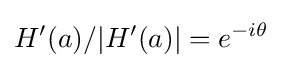
H'(a)/|H'(a)|=e^{-i\theta }